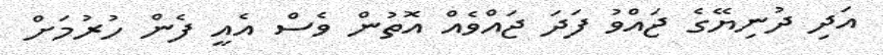
އަދި ދުނިޔޭގެ ޖައްވު ފަދަ ޖައްވެއް އޮތުން ވެސް އެއީ ފެން ހުރުމަށް